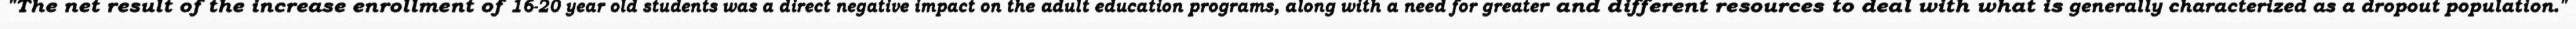
"The net result of the increase enrollment of 16-20 year old students was a direct negative impact on the adult education programs, along with a need for greater and different resources to deal with what is generally characterized as a dropout population."